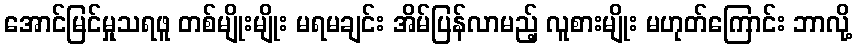
အောင်မြင်မှုသရဖူ တစ်မျိုးမျိုး မရမချင်း အိမ်ပြန်လာမည့် လူစားမျိုး မဟုတ်ကြောင်း ဘာလို့